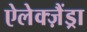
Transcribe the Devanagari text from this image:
ऐलेक्ज़ैंड्रा